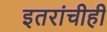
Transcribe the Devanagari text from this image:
इतरांचीही